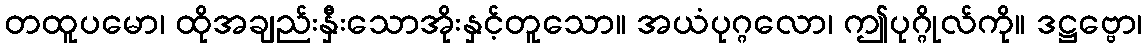
တထူပမော၊ ထိုအချည်းနှီးသောအိုးနှင့်တူသော။ အယံပုဂ္ဂလော၊ ဤပုဂ္ဂိုလ်ကို။ ဒဋ္ဌဗ္ဗော၊